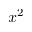
x ^ { 2 }